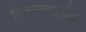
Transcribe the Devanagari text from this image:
निश्‍चयपूर्वक